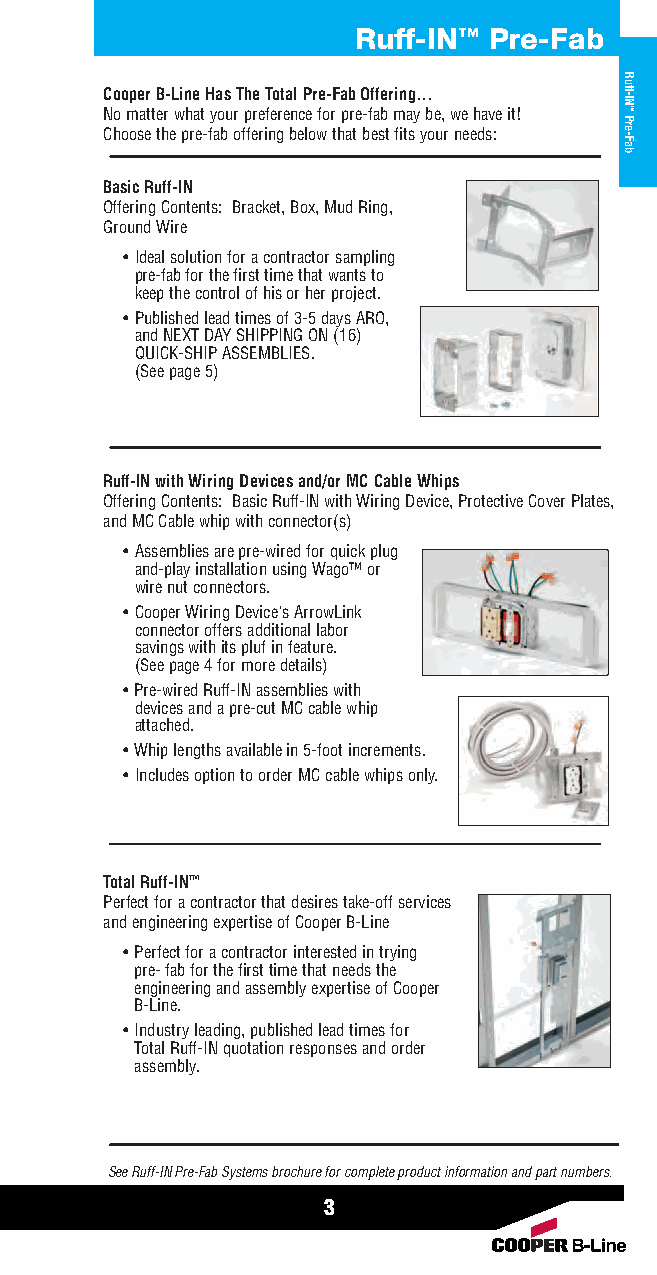
Ruff-IN™ Pre-Fab
 Cooper B-Line Has The Total Pre-Fab Offering…
 No matter what your preference for pre-fab may be, we have it!
 Choose the pre-fab offering below that best fits your needs:
 Basic Ruff-IN
 Offering Contents: Bracket, Box, Mud Ring,
 Ground Wire
 •Ideal solution for a contractor sampling
 pre-fab for the first time that wants to
 keep the control of his or her project.
 •Published lead times of 3-5 days ARO,
 and NEXT DAY SHIPPING ON (16)
 QUICK-SHIP ASSEMBLIES.
 (See page 5)
 Ruff-IN with Wiring Devices and/or MCCable Whips
 Offering Contents: Basic Ruff-IN with Wiring Device, Protective Cover Plates,
 and MCCable whip with connector(s)
 •Assemblies are pre-wired for quick plug
 and-play installation using Wago™ or
 wire nut connectors.
 •Cooper Wiring Device's ArrowLink
 connector offers additional labor
 savings with its pluf in feature.
 (See page 4 for more details)
 •Pre-wired Ruff-IN assemblies with
 devices and a pre-cut MC cable whip
 attached.
 •Whip lengths available in 5-foot increments.
 •Includes option to order MC cable whips only.
 Total Ruff-IN™
 Perfect for a contractor that desires take-off services
 and engineering expertise of Cooper B-Line
 •Perfect for a contractor interested in trying
 pre- fab for the first time that needs the
 engineering and assembly expertise of Cooper
 B-Line.
 •Industry leading, published lead times for
 Total Ruff-IN quotation responses and order
 assembly.
 See Ruff-IN Pre-Fab Systems brochure for complete product information and part numbers.
 3
 Ruff-IN™Pre-Fab